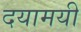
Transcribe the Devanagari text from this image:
दयामयी